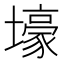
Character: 壕